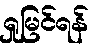
ရှုမြင်ရန်